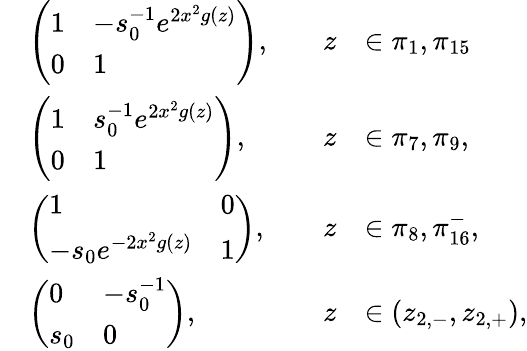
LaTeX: \begin{array}{rlrl}&{\left(\begin{array}{ll}{1}&{-s_{0}^{-1}e^{2x^{2}g(z)}}\\ {0}&{1}\end{array}\right),\quad}&{z}&{\in\pi_{1},\pi_{15}}\\ &{\left(\begin{array}{ll}{1}&{s_{0}^{-1}e^{2x^{2}g(z)}}\\ {0}&{1}\end{array}\right),\quad}&{z}&{\in\pi_{7},\pi_{9},}\\ &{\left(\begin{array}{ll}{1}&{0}\\ {-s_{0}e^{-2x^{2}g(z)}}&{1}\end{array}\right),\quad}&{z}&{\in\pi_{8},\pi_{16}^{-},}\\ &{\left(\begin{array}{ll}{0}&{-s_{0}^{-1}}\\ {s_{0}}&{0}\end{array}\right),\quad}&{z}&{\in(z_{2,-},z_{2,+}),}\end{array}